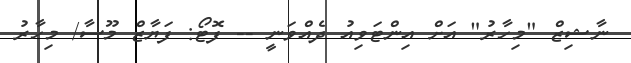
ނާޝިޒް "މިހާރު" އަށް އިންޓަވިއު ދެއްވަނީ -- ފޮޓޯ: ފަޔާޒް މޫސާ/ މިހާރު